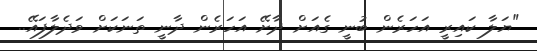
"ޔަލާ ކައިރީ އަހަރެން ބުނީ ގެއަށް ދާށޭ އަހަރެން ދާނީ ތަނަކަށް ވަދެލާފައޭ..